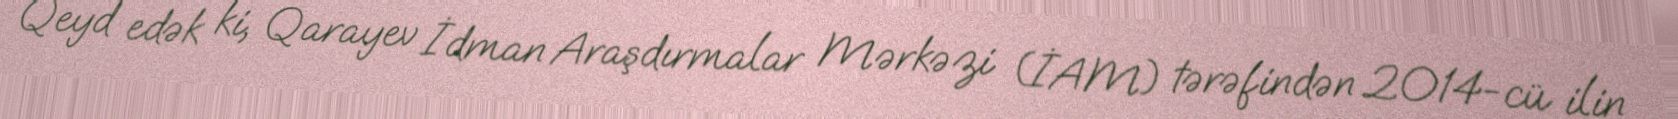
Qeyd edək ki, Qarayev İdman Araşdırmalar Mərkəzi (İAM) tərəfindən 2014-cü ilin